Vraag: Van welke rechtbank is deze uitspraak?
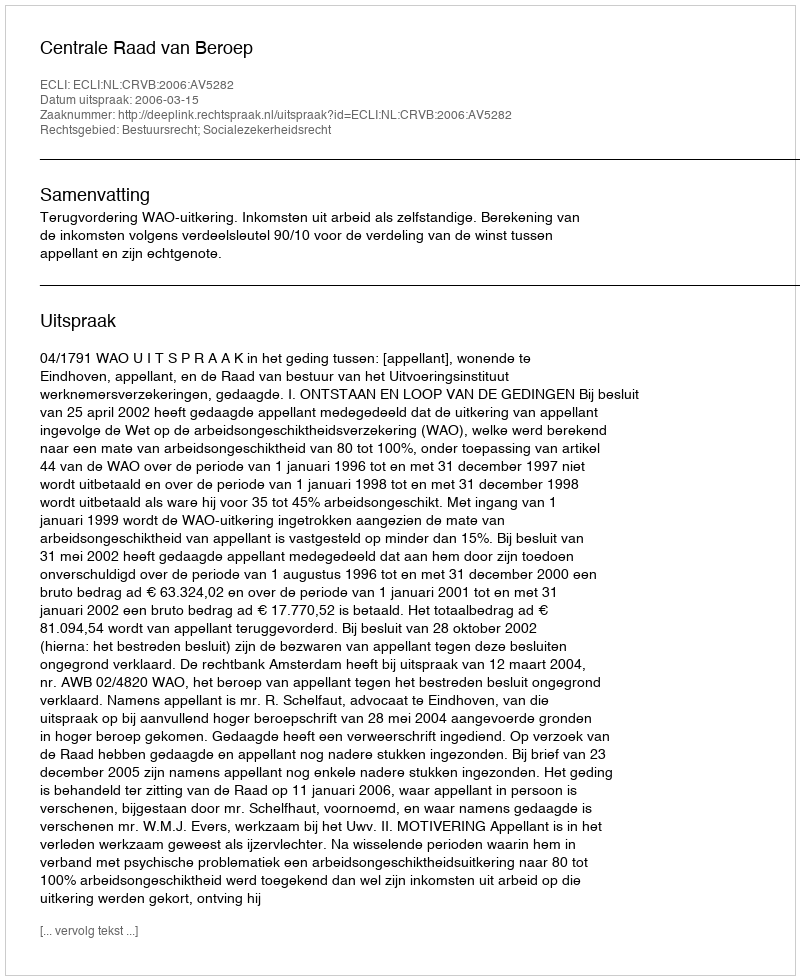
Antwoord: Centrale Raad van Beroep